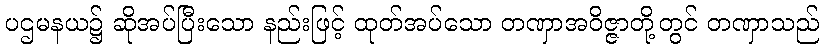
ပဌမနယ၌ ဆိုအပ်ပြီးသော နည်းဖြင့် ထုတ်အပ်သော တဏှာအဝိဇ္ဇာတို့တွင် တဏှာသည်